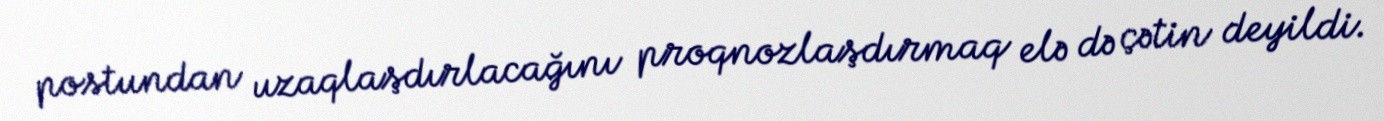
postundan uzaqlaşdırlacağını proqnozlaşdırmaq elə də çətin deyildi.